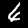
Digit: 6